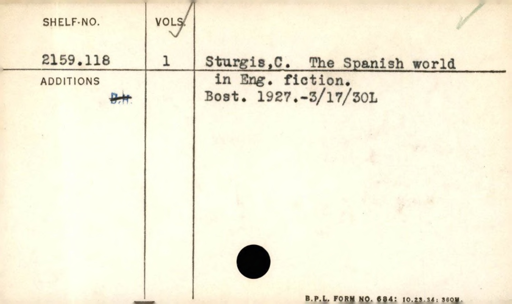
Label: content